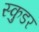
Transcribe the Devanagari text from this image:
स्कुडर